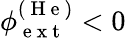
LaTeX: \phi_{\mathrm{~e~x~t~}}^{(\mathrm{~H~e~})}<0